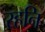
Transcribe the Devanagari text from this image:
रहनि